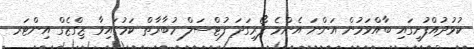
ކުޅުދުއްފުށީގައި ބާއްވަމުން އަންނަ އެންމެ ފޯރިގަދަ ފުޓްސަލް މުބާރާތް ކަމުގައިވާ ޒިގްޒެގް އިންޓަރ